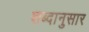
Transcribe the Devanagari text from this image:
शब्दानुसार